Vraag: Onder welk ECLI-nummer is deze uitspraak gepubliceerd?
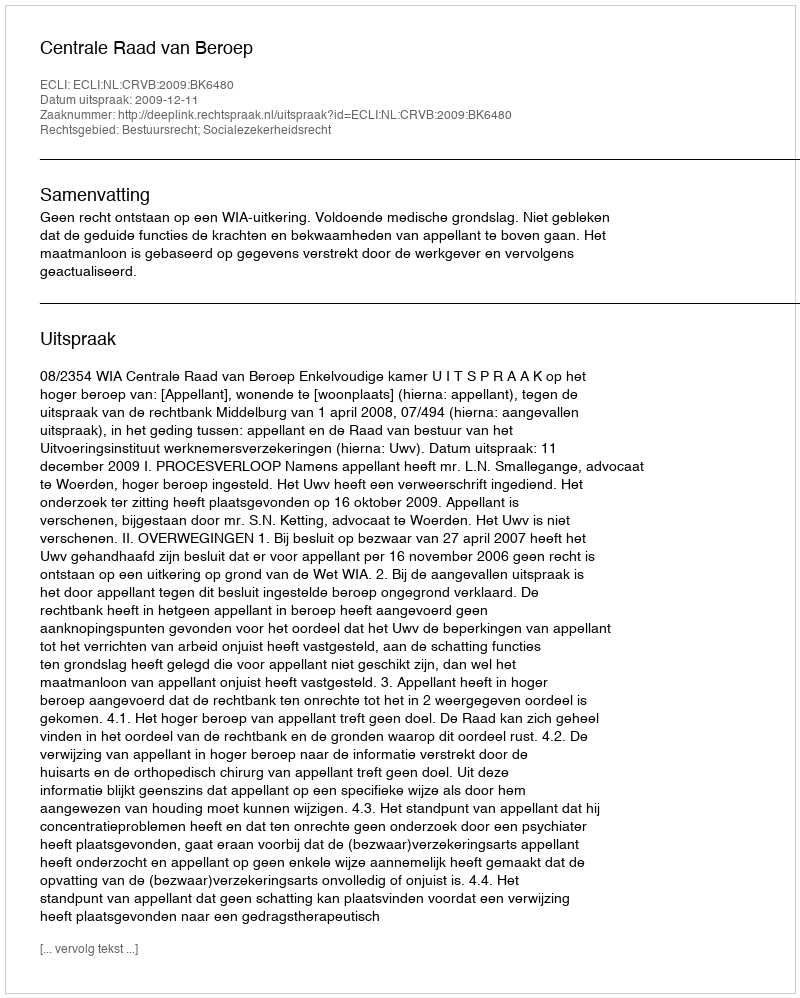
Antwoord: ECLI:NL:CRVB:2009:BK6480